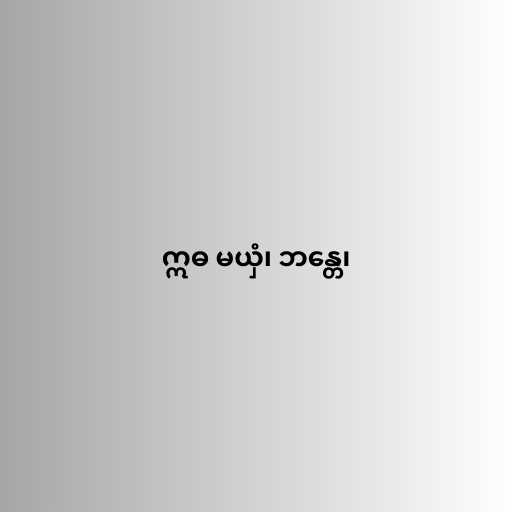
ဣဓ မယှံ၊ ဘန္တေ၊